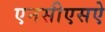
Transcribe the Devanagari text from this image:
एनसीएसऐ